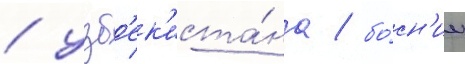
/ узб'ек'иста́на / бо́сн'ии